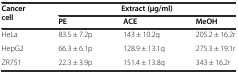
| <ROWSPAN=2> Cancer cell | <COLSPAN=3> Extract (μg/ml) |
 | PE | ACE | MeOH |
 | --- | --- | --- | --- |
 | HeLa | 83.5 ± 7.2p | 143 ± 10.2q | 205.2 ± 16.2r |
 | HepG2 | 66.3 ± 6.1p | 128.9 ± 13.1q | 275.3 ± 19.1r |
 | ZR751 | 22.3 ± 3.9p | 151.4 ± 13.8q | 343 ± 16.2r |